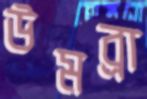
উমব্রা